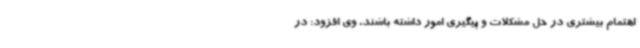
اهتمام بیشتری در حل مشکلات و پیگیری امور داشته باشند. وی افزود: در